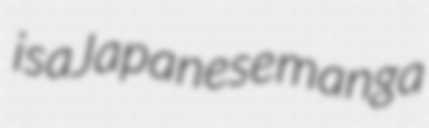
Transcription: is a Japanese manga